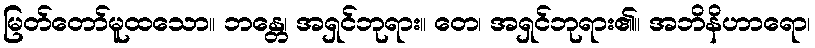
မြတ်တော်မူထသော။ ဘန္တေ၊ အရှင်ဘုရား။ တေ၊ အရှင်ဘုရား၏။ အဘိနိဟာရော၊